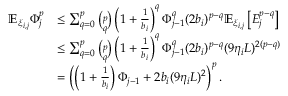
\begin{array} { r l } { \mathbb { E } _ { \xi _ { i , j } } \Phi _ { j } ^ { p } } & { \le \sum _ { q = 0 } ^ { p } \binom { p } { q } \left( 1 + \frac 1 { b _ { i } } \right) ^ { q } \Phi _ { j - 1 } ^ { q } ( 2 b _ { i } ) ^ { p - q } \mathbb { E } _ { \xi _ { i , j } } \left[ E _ { j } ^ { p - q } \right] } \\ & { \le \sum _ { q = 0 } ^ { p } \binom { p } { q } \left( 1 + \frac 1 { b _ { i } } \right) ^ { q } \Phi _ { j - 1 } ^ { q } ( 2 b _ { i } ) ^ { p - q } ( 9 \eta _ { i } L ) ^ { 2 ( p - q ) } } \\ & { = \left( \left( 1 + \frac 1 { b _ { i } } \right) \Phi _ { j - 1 } + 2 b _ { i } ( 9 \eta _ { i } L ) ^ { 2 } \right) ^ { p } . } \end{array}